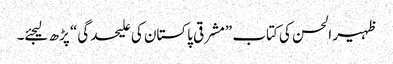
ظہیر الحسن کی کتاب ”مشرقی پاکستان کی علیحدگی“ پڑھ لیجئے۔